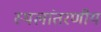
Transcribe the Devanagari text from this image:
स्थलांतरणीय